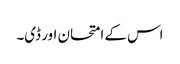
اس کے امتحان اور ڈی۔